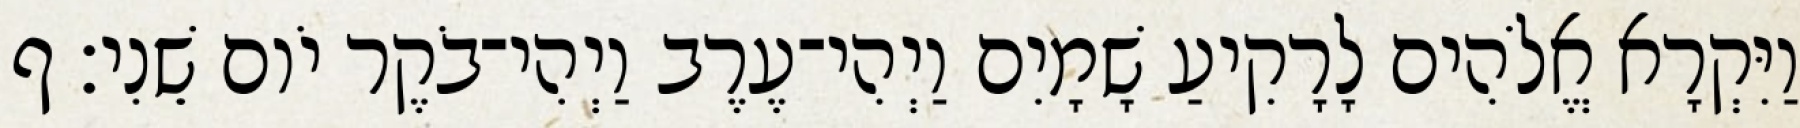
וַיִּקְרָא אֱלֹהִים לָרָקִיעַ שָׁמָיִם וַיְהִי־עֶרֶב וַיְהִי־בֹקֶר יֹום שֵׁנִי׃ ף